King Institute of Preventive Medicine Micro-Biological Section reports 1909-11
Year: 1909
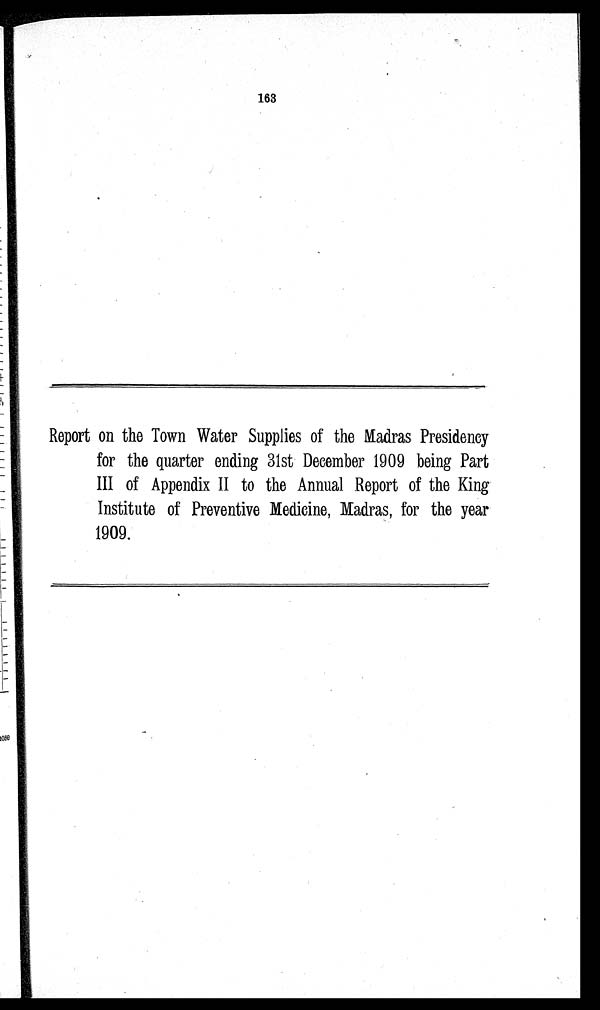
163
Report on the Town Water Supplies of the Madras Presidency
for the quarter ending 31st December 1909 being Part
III of Appendix II to the Annual Report of the King
Institute of Preventive Medicine, Madras, for the year
1909